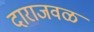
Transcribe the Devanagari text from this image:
दाराजवळ